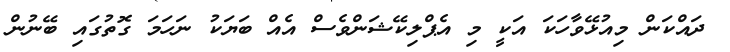
ދައްކަން މިއުޅޭވާހަކަ އަކީ މި އެޕްލިކޭޝަންވެސް އެއް ބަޔަކު ނަހަމަ ގޮތުގައި ބޭނުން